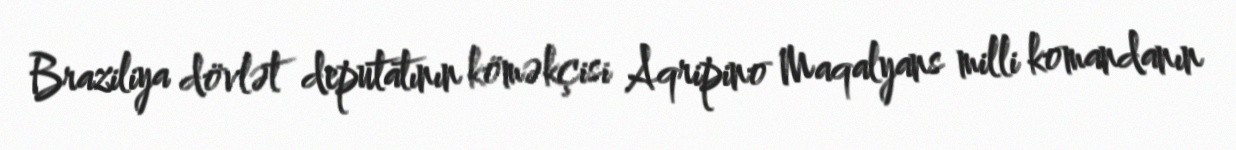
Braziliya dövlət deputatının köməkçisi Aqripino Maqalyans milli komandanın